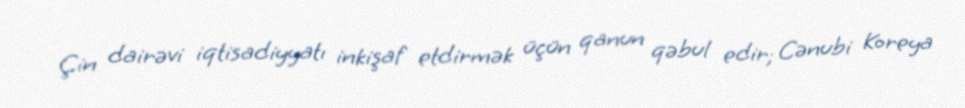
Çin dairəvi iqtisadiyyatı inkişaf etdirmək üçün qanun qəbul edir; Cənubi Koreya